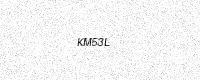
Text: KM53L